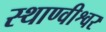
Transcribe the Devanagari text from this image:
स्थाण्वीश्वर